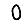
Digit: 0